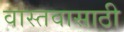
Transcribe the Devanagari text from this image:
वास्तवासाठी